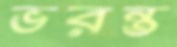
ভরন্ত